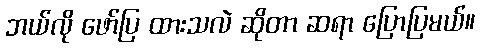
ဘယ်လို ဖော်ပြ ထားသလဲ ဆိုတာ ဆရာ ပြောပြမယ်။